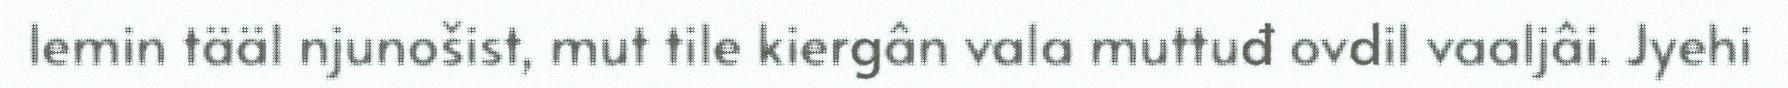
lemin tääl njunošist, mut tile kiergân vala muttuđ ovdil vaaljâi. Jyehi